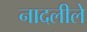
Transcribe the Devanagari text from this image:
नादलीले